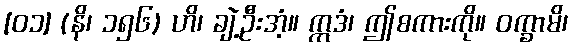
[၀၁] (နိ၊ ၁၅၆) ဟိ၊ ချဲ့ဦးအံ့။ ဣဒံ၊ ဤစကားကို။ ဝက္ခာမိ၊